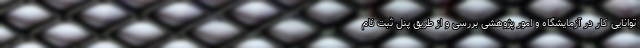
توانایی کار در آزمایشگاه و امور پژوهشی بررسی و از طریق پنل ثبت نام